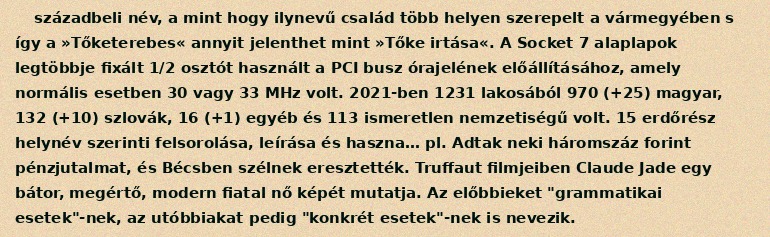
századbeli név, a mint hogy ilynevű család több helyen szerepelt a vármegyében s így a »Tőketerebes« annyit jelenthet mint »Tőke irtása«. A Socket 7 alaplapok legtöbbje fixált 1/2 osztót használt a PCI busz órajelének előállításához, amely normális esetben 30 vagy 33 MHz volt. 2021-ben 1231 lakosából 970 (+25) magyar, 132 (+10) szlovák, 16 (+1) egyéb és 113 ismeretlen nemzetiségű volt. 15 erdőrész helynév szerinti felsorolása, leírása és haszna… pl. Adtak neki háromszáz forint pénzjutalmat, és Bécsben szélnek eresztették. Truffaut filmjeiben Claude Jade egy bátor, megértő, modern fiatal nő képét mutatja. Az előbbieket "grammatikai esetek"-nek, az utóbbiakat pedig "konkrét esetek"-nek is nevezik.